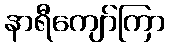
နာရီကျော်ကြာ